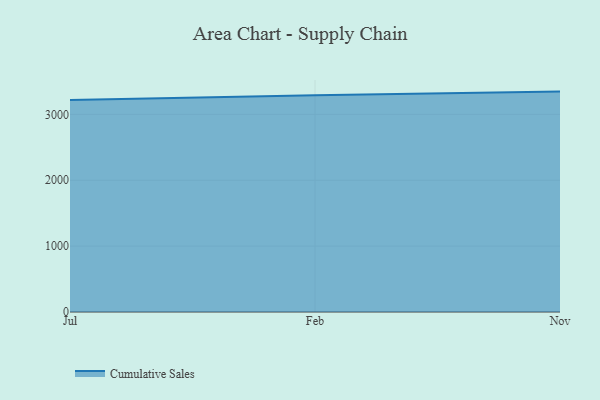
{"axis": {"x": "Month", "y": "Temperature (°C)"}, "legend": ["Cumulative Sales"], "data": [{"x": "Jul", "y": 3217.9, "type": "Cumulative Sales"}, {"x": "Feb", "y": 3289.1, "type": "Cumulative Sales"}, {"x": "Nov", "y": 3345.4, "type": "Cumulative Sales"}]}